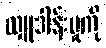
လှူဒါန်းမှုကို